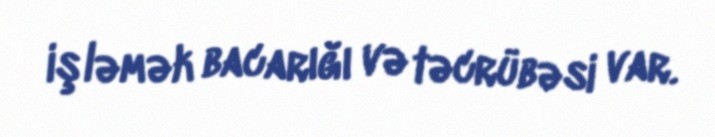
işləmək bacarığı və təcrübəsi var.